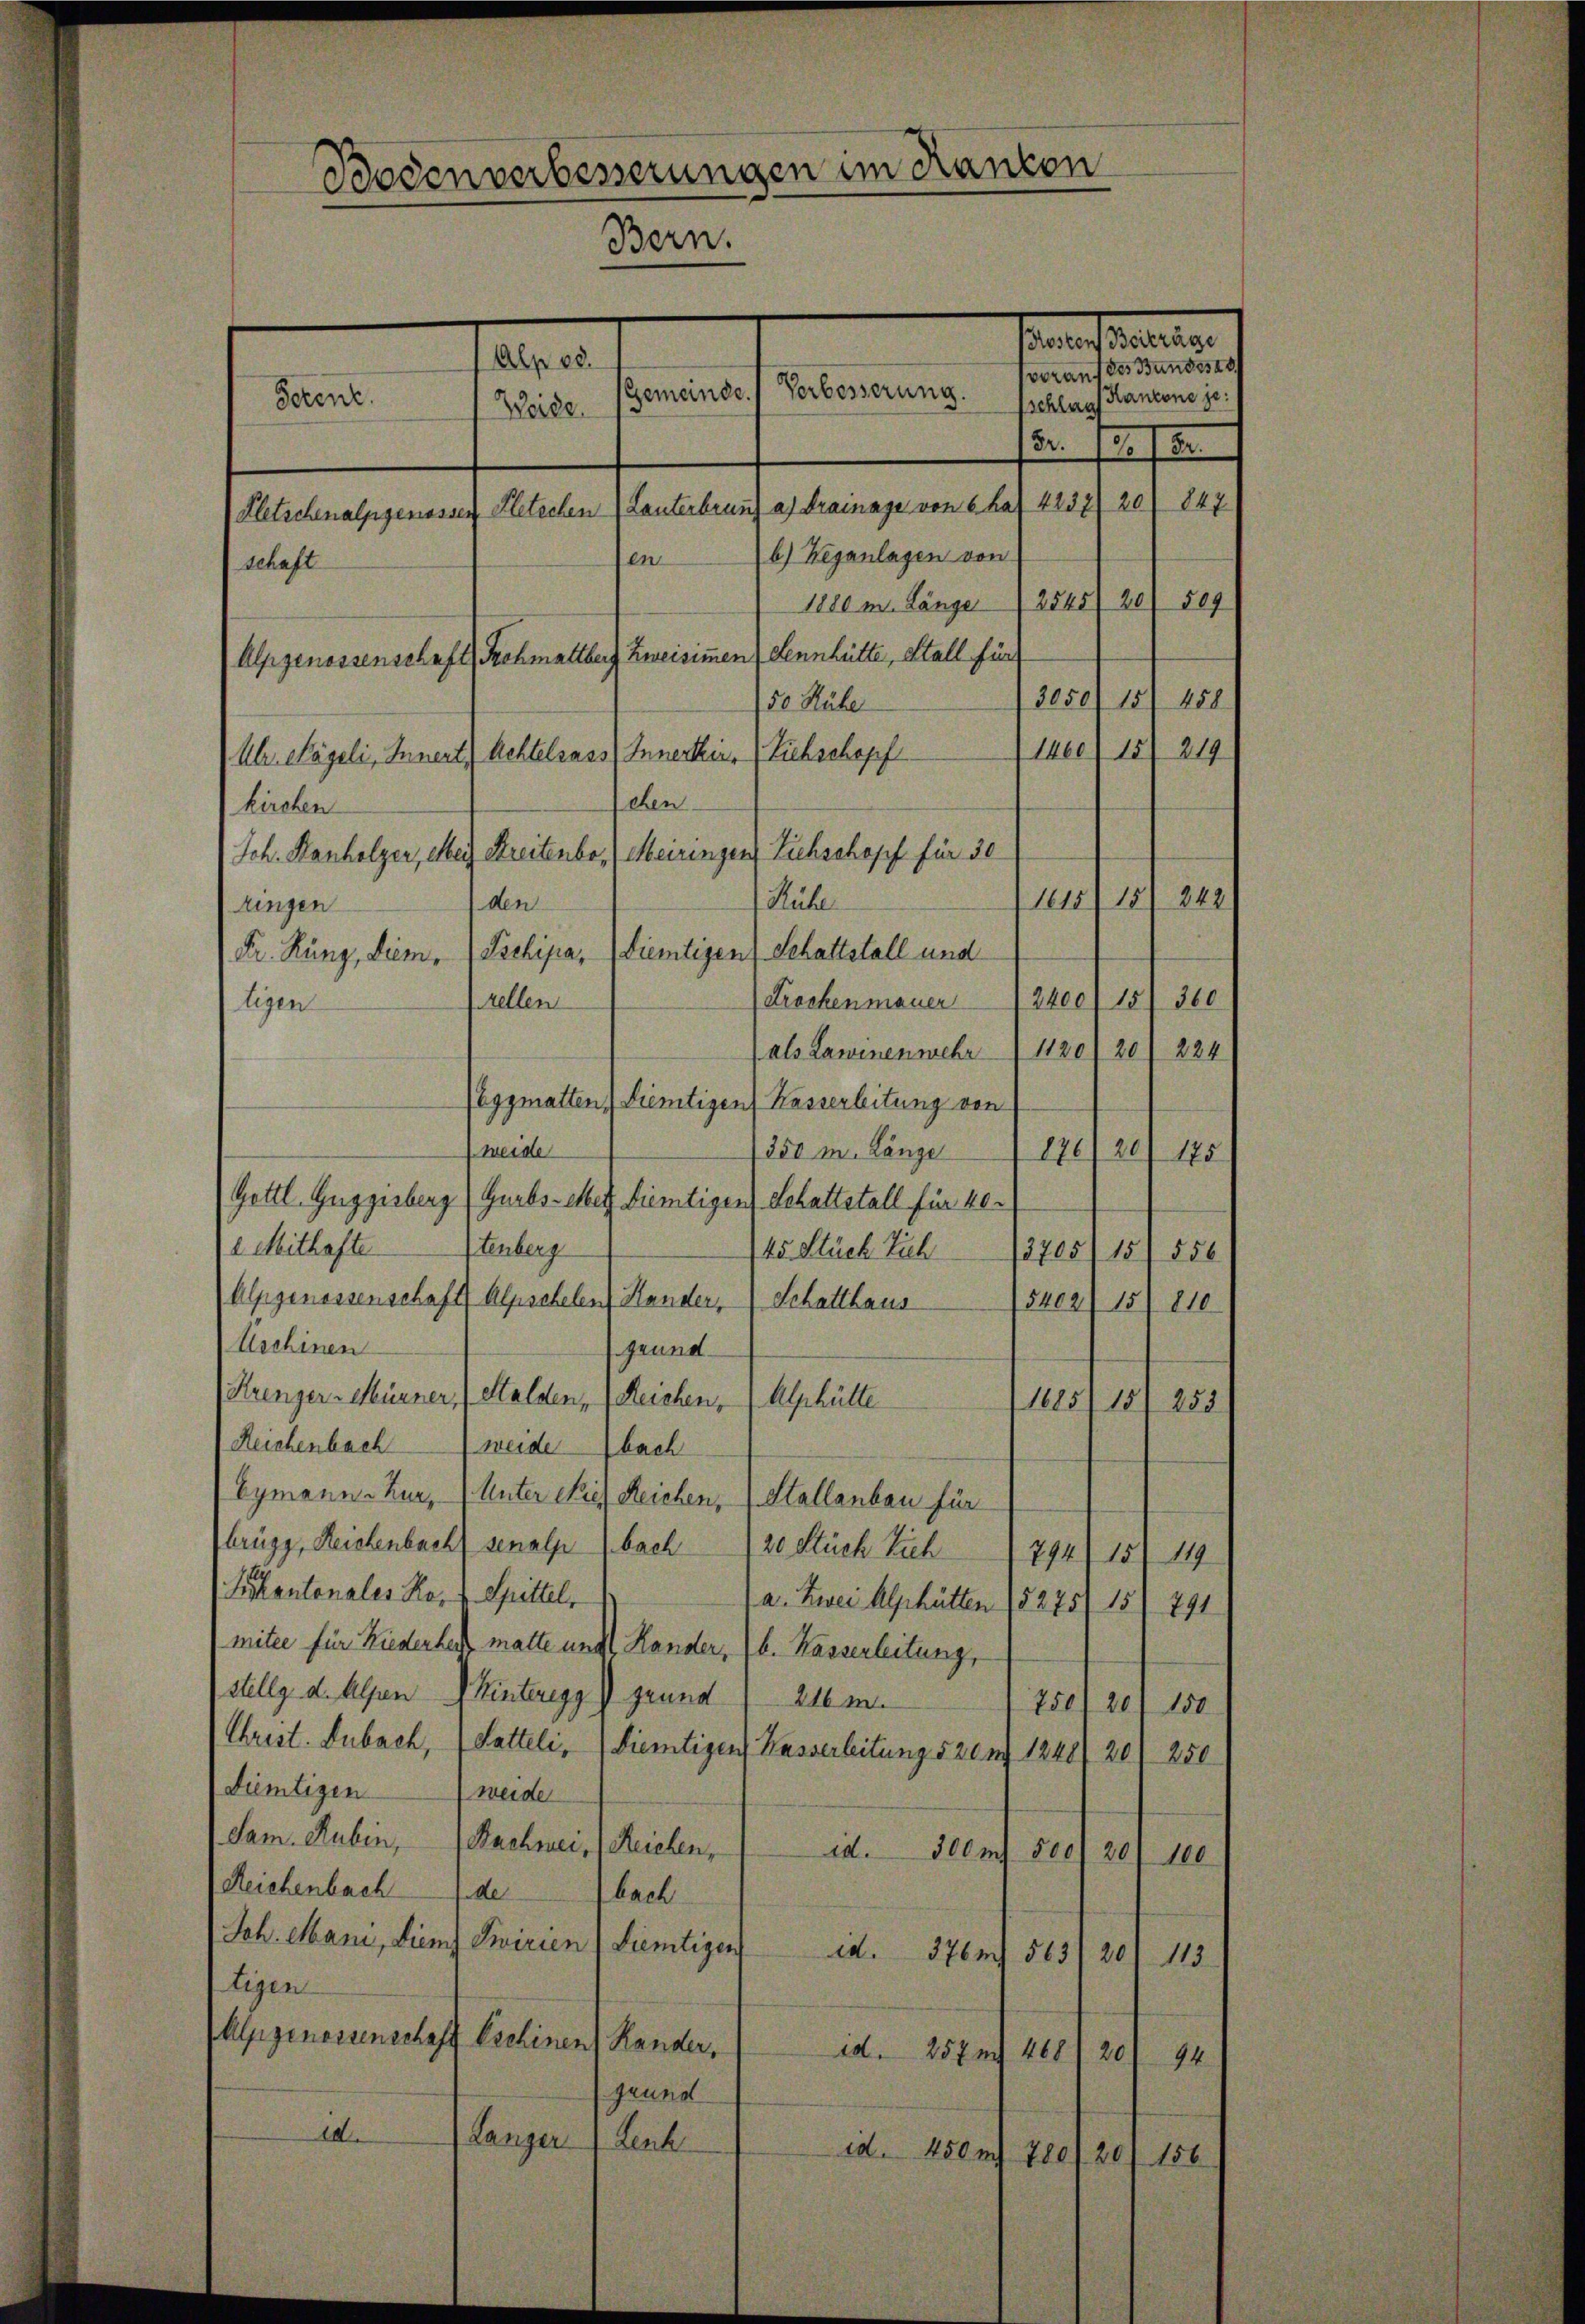
Bodenverbesserungen im Rankon
Bern.
Alp 00.
Gemeinde. Verbesserung.
Forene
Weide

Sanat derartier
vorauf des Bundesr
schlags Kantone je
Fr.

847.
Kletschenalpgenosser Kletschen (Lanterbranz a) drainage von 6 ha 4231) 20
b) Weganlagen von
en
schaft
1880 m. Länge (2545) 20) 509
Alpgenossenschaft Schmallber Zeisimmen, Sennhütte, Stall für
15 f 15.
50 Rübe
1460) 15
219
Uh. Nägeli, Innert Achtelsass (Innerker. (Siehschopf
sehen
kirchen
Joh. Hanholzer, eben Streitenbo. (Meiringen Viehschopf für 30
1615) 15
242
Rühl
den
tingen
Tschipa, (diemtigen Schaftstall und
Dr. Kunz, diem
2400/15/ 360
Krochenmauer
stellen
ligen
 als Lawinenwehr 1120) 20) 224
lgsmatten, dientigen Kasserleitung von
Meide
850 m. Länge
176
20) 175
Gettl. Guggenberg (Gurbs-elber dientiger Schattstall für 40.
e Mithaftetenberg
145 Stück Tich
2705/15/ 556
Alpgenossenschaft Alpscheler Hander, Schatthaus
5402/ 15/ 810
Uschinen
Grund
Krenzer-Mürrer, Stalden, Reichen, 7 Alphütte
1685) 15
255/
Reichenbach (weide bach
Eymann. Kur, Unter Miel Reichen, 1 Stellenbau für
brügg, Reistenbach senalp bach 20 Stück Vieh 1794/15/ 149
ukantonales Ro. v. Spittel,
a. Zwei Alphütten 15275/ 15) 791
mitee für Kiederheit matte und Hander, (b. Kasserleitung,
stellg d. Alpen (Kinteregg) grund 216 m
750120/ 150
Christ. Dubach,
Satteli,
Dientigen Wasserleitung 520 n 1248)
20
250
Diemtigen weide
Sam. Rubin, Bachmei,) Reichen,
id.
300 mg 500/20) 100
Reichenbach de bach
Joh. Mani, diem Swirien (Dietigen
ia. 376. 563/201 113
tigen
Alpgenossenschaft Eschinen Rander,
ad. 257 n 468 / 20 94
grund
1
Langer
Leuk
id. 450 n 780/20/ 156